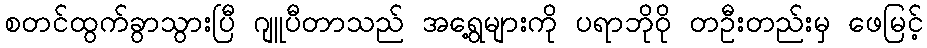
စတင်ထွက်ခွာသွားပြီ ဂျူပီတာသည် အရွေ့များကို ပရာဘိုဝို တဦးတည်းမှ ဖေမြင့်